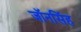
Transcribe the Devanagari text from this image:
जॉनसिंह